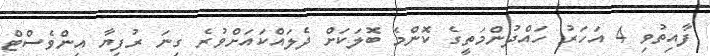
ފާއިތުވި 4 އަހަރު ހައްދުންމަތީގެ ކޮންމެ ބޮލަކަށް ދެލައްކައަށްވުރެ ގިނަ ރުފިޔާ އިންވެސްޓް